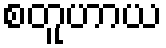
စတူဟာယ